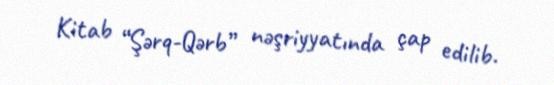
Kitab “Şərq-Qərb” nəşriyyatında çap edilib.